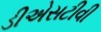
ડીએસટીવી